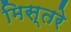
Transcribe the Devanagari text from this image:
मिस्तरे